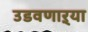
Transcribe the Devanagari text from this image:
उडवणाऱ्या